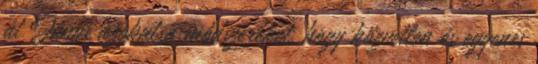
át János azokat a módszereket, hogy közvetlen és egyenes